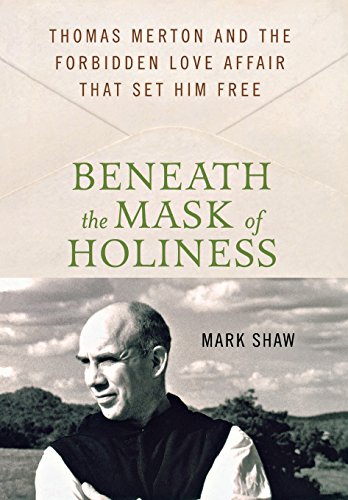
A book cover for Beneath the Mask of Holiness: Thomas Merton and the Forbidden Love Affair that Set Him Free; Mark Shaw; Christian Books & Bibles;